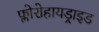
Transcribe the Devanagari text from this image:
फ्लोरोहायड्राइड